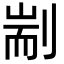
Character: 剬